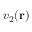
v _ { 2 } ( \mathbf { r } )